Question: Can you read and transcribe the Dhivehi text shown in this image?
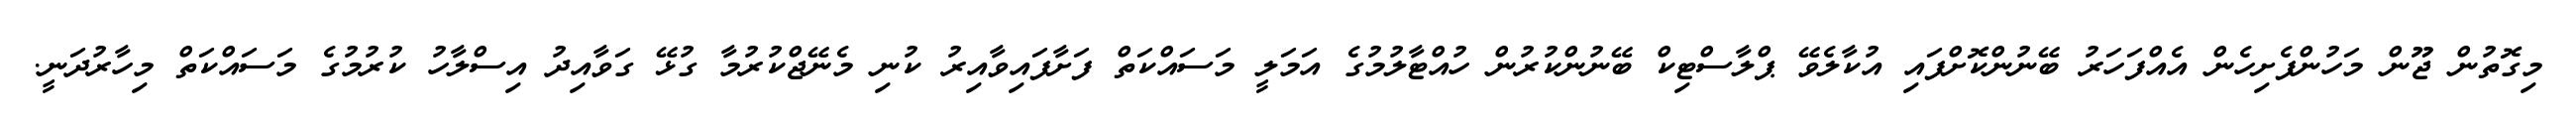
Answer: މިގޮތުން ޖޫން މަހުންފެށިހެން އެއްފަހަރު ބޭނުންކޮށްފައި އުކާލެވޭ ޕްލާސްޓިކް ބޭނުންކުރުން ހުއްޓާލުމުގެ އަމަލީ މަސައްކަތް ފަށާފައިވާއިރު ކުނި މެނޭޖްކުރުމާ ގުޅޭ ގަވާއިދު އިސްލާހު ކުރުމުގެ މަސައްކަތް މިހާރުދަނީ.